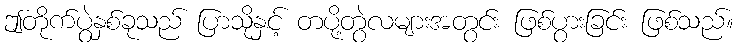
ဤတိုက်ပွဲနှစ်ခုသည် ပြာသိုနှင့် တပို့တွဲလများအတွင်း ဖြစ်ပွားခြင်း ဖြစ်သည်။